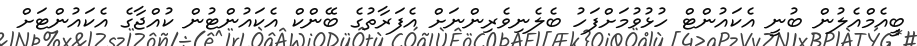
ބީއެމްއެލުން ބުނީ އެކައުންޓް ހުޅުވުމަށްފަހު ބެލެނިވެރިންނަށް އެފަރާތުގެ ބޭންކް އެކައުންޓުން ކުއްޖާގެ އެކައުންޓަށް